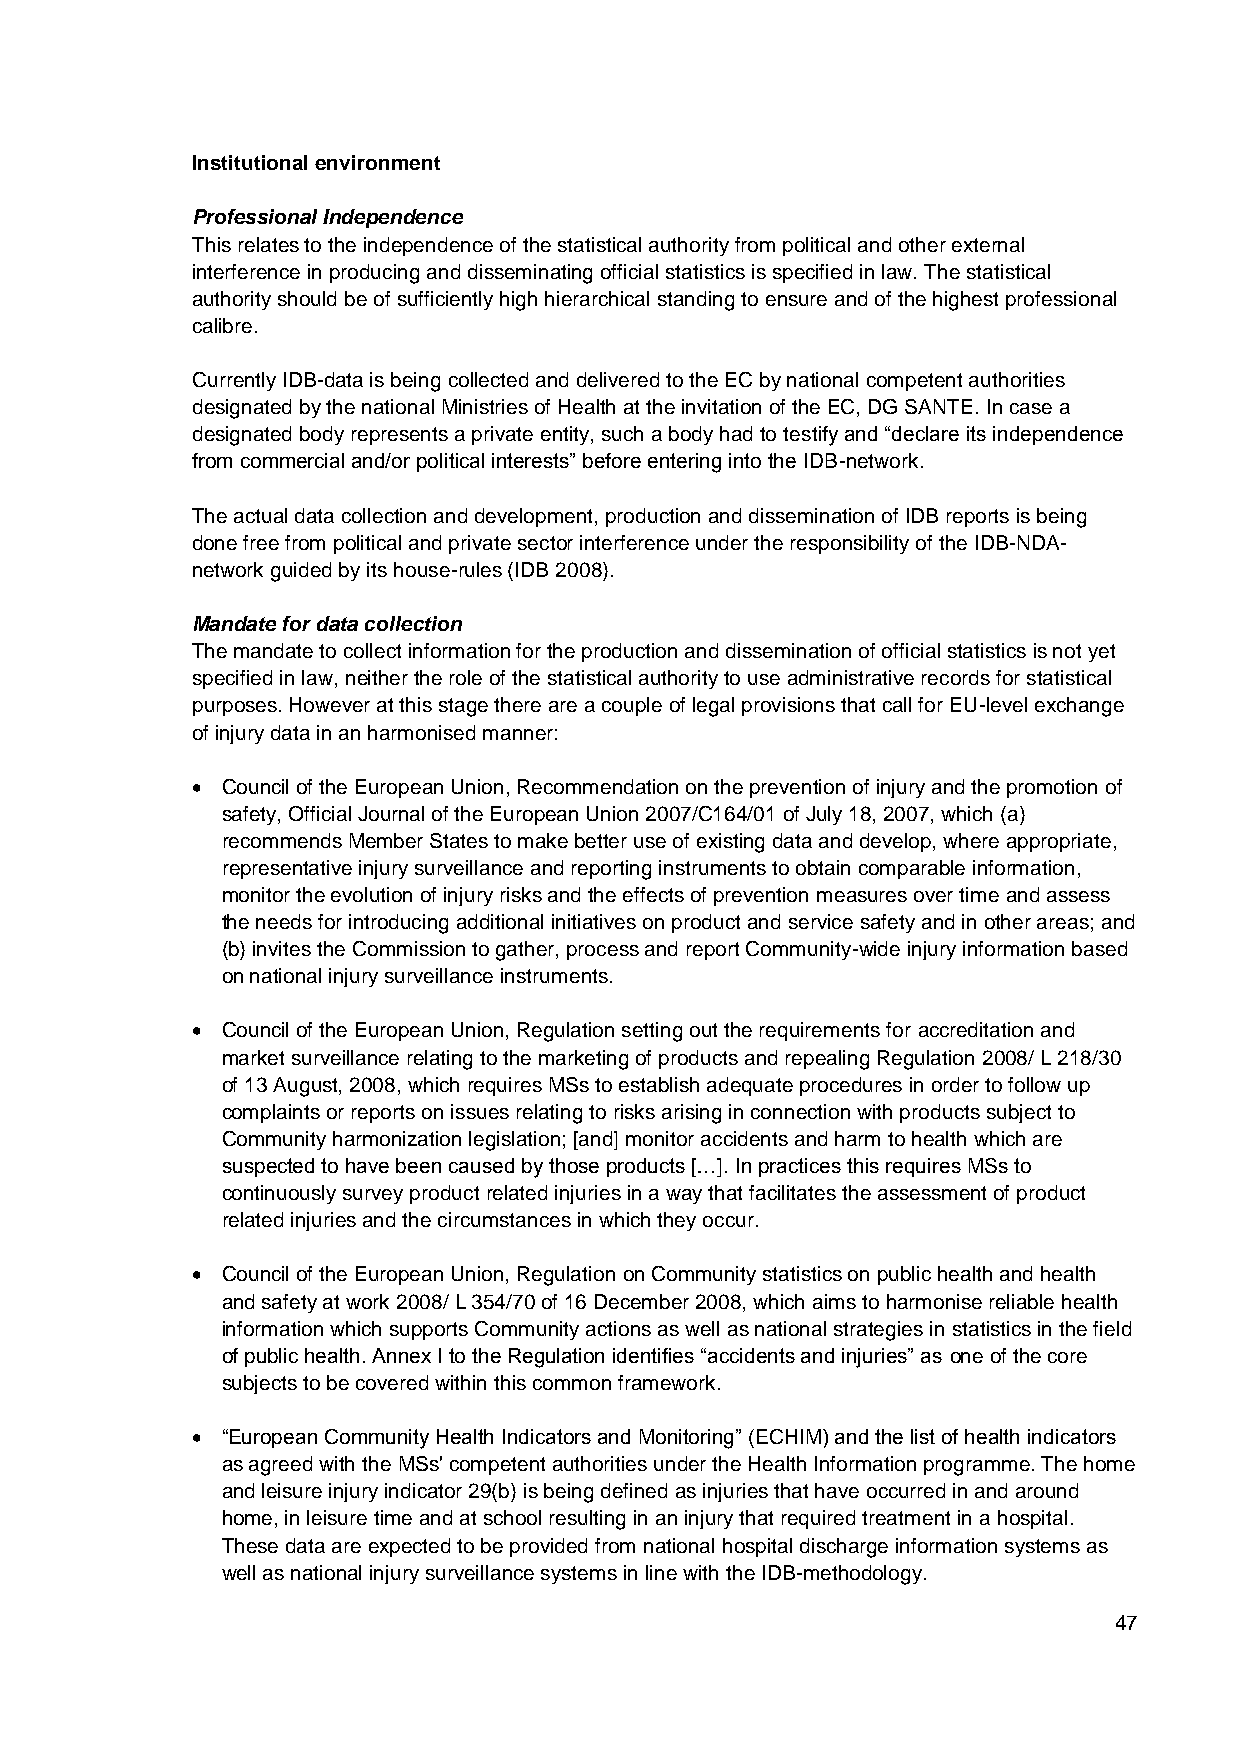
Institutional environment
 Professional Independence
 This relates to the independence of the statistical authority from political and other external
 interference in producing and disseminating official statistics is specified in law. The statistical
 authority should be of sufficiently high hierarchical standing to ensure and of the highest professional
 calibre.
 Currently IDB-data is being collected and delivered to the EC by national competent authorities
 designated by the national Ministries of Health at the invitation of the EC, DG SANTE. In case a
 designated body represents a private entity, such a body had to testify and “declare its independence
 from commercial and/or political interests” before entering into the IDB-network.
 The actual data collection and development, production and dissemination of IDB reports is being
 done free from political and private sector interference under the responsibility of the IDB-NDA-
 network guided by its house-rules (IDB 2008).
 Mandate for data collection
 The mandate to collect information for the production and dissemination of official statistics is not yet
 specified in law, neither the role of the statistical authority to use administrative records for statistical
 purposes. However at this stage there are a couple of legal provisions that call for EU-level exchange
 of injury data in an harmonised manner:
  Council of the European Union, Recommendation on the prevention of injury and the promotion of
 safety, Official Journal of the European Union 2007/C164/01 of July 18, 2007, which (a)
 recommends Member States to make better use of existing data and develop, where appropriate,
 representative injury surveillance and reporting instruments to obtain comparable information,
 monitor the evolution of injury risks and the effects of prevention measures over time and assess
 the needs for introducing additional initiatives on product and service safety and in other areas; and
 (b) invites the Commission to gather, process and report Community-wide injury information based
 on national injury surveillance instruments.
  Council of the European Union, Regulation setting out the requirements for accreditation and
 market surveillance relating to the marketing of products and repealing Regulation 2008/ L 218/30
 of 13 August, 2008, which requires MSs to establish adequate procedures in order to follow up
 complaints or reports on issues relating to risks arising in connection with products subject to
 Community harmonization legislation; [and] monitor accidents and harm to health which are
 suspected to have been caused by those products […]. In practices this requires MSs to
 continuously survey product related injuries in a way that facilitates the assessment of product
 related injuries and the circumstances in which they occur.
  Council of the European Union, Regulation on Community statistics on public health and health
 and safety at work 2008/ L 354/70 of 16 December 2008, which aims to harmonise reliable health
 information which supports Community actions as well as national strategies in statistics in the field
 of public health. Annex I to the Regulation identifies “accidents and injuries” as one of the core
 subjects to be covered within this common framework.
  “European Community Health Indicators and Monitoring” (ECHIM) and the list of health indicators
 as agreed with the MSs' competent authorities under the Health Information programme. The home
 and leisure injury indicator 29(b) is being defined as injuries that have occurred in and around
 home, in leisure time and at school resulting in an injury that required treatment in a hospital.
 These data are expected to be provided from national hospital discharge information systems as
 well as national injury surveillance systems in line with the IDB-methodology.
 47